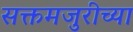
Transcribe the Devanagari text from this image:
सक्तमजुरीच्या